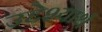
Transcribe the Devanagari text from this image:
उद्देश्यार्थ